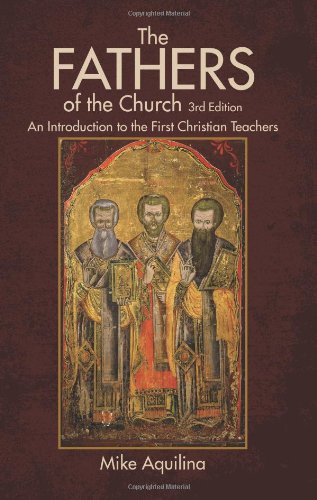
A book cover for The Fathers of the Church; Mike Aquilina; Religion & Spirituality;